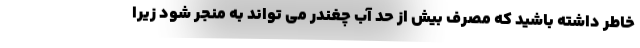
خاطر داشته باشید که مصرف بیش از حد آب چغندر می تواند به منجر شود زیرا